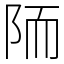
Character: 陑